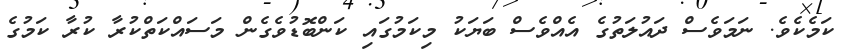
ކަމެކެވެ. ނަމަވެސް ދައުލަތުގެ އެއްވެސް ބަޔަކު މިކަމުގައި ކަންބޮޑުވެގެން މަސައްކަތްކުރާ ކުރާ ކަމުގެ